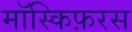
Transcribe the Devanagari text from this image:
मॉस्किफ़रस